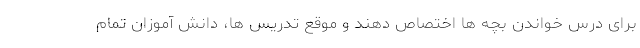
برای درس خواندن بچه ها اختصاص دهند و موقع تدریس ها، دانش آموزان تمام